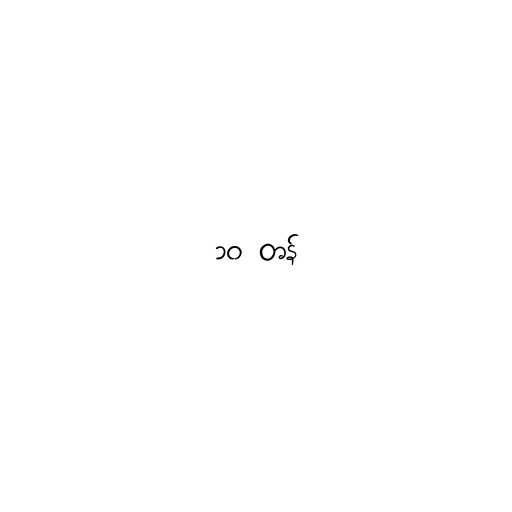
၁၀ တန်